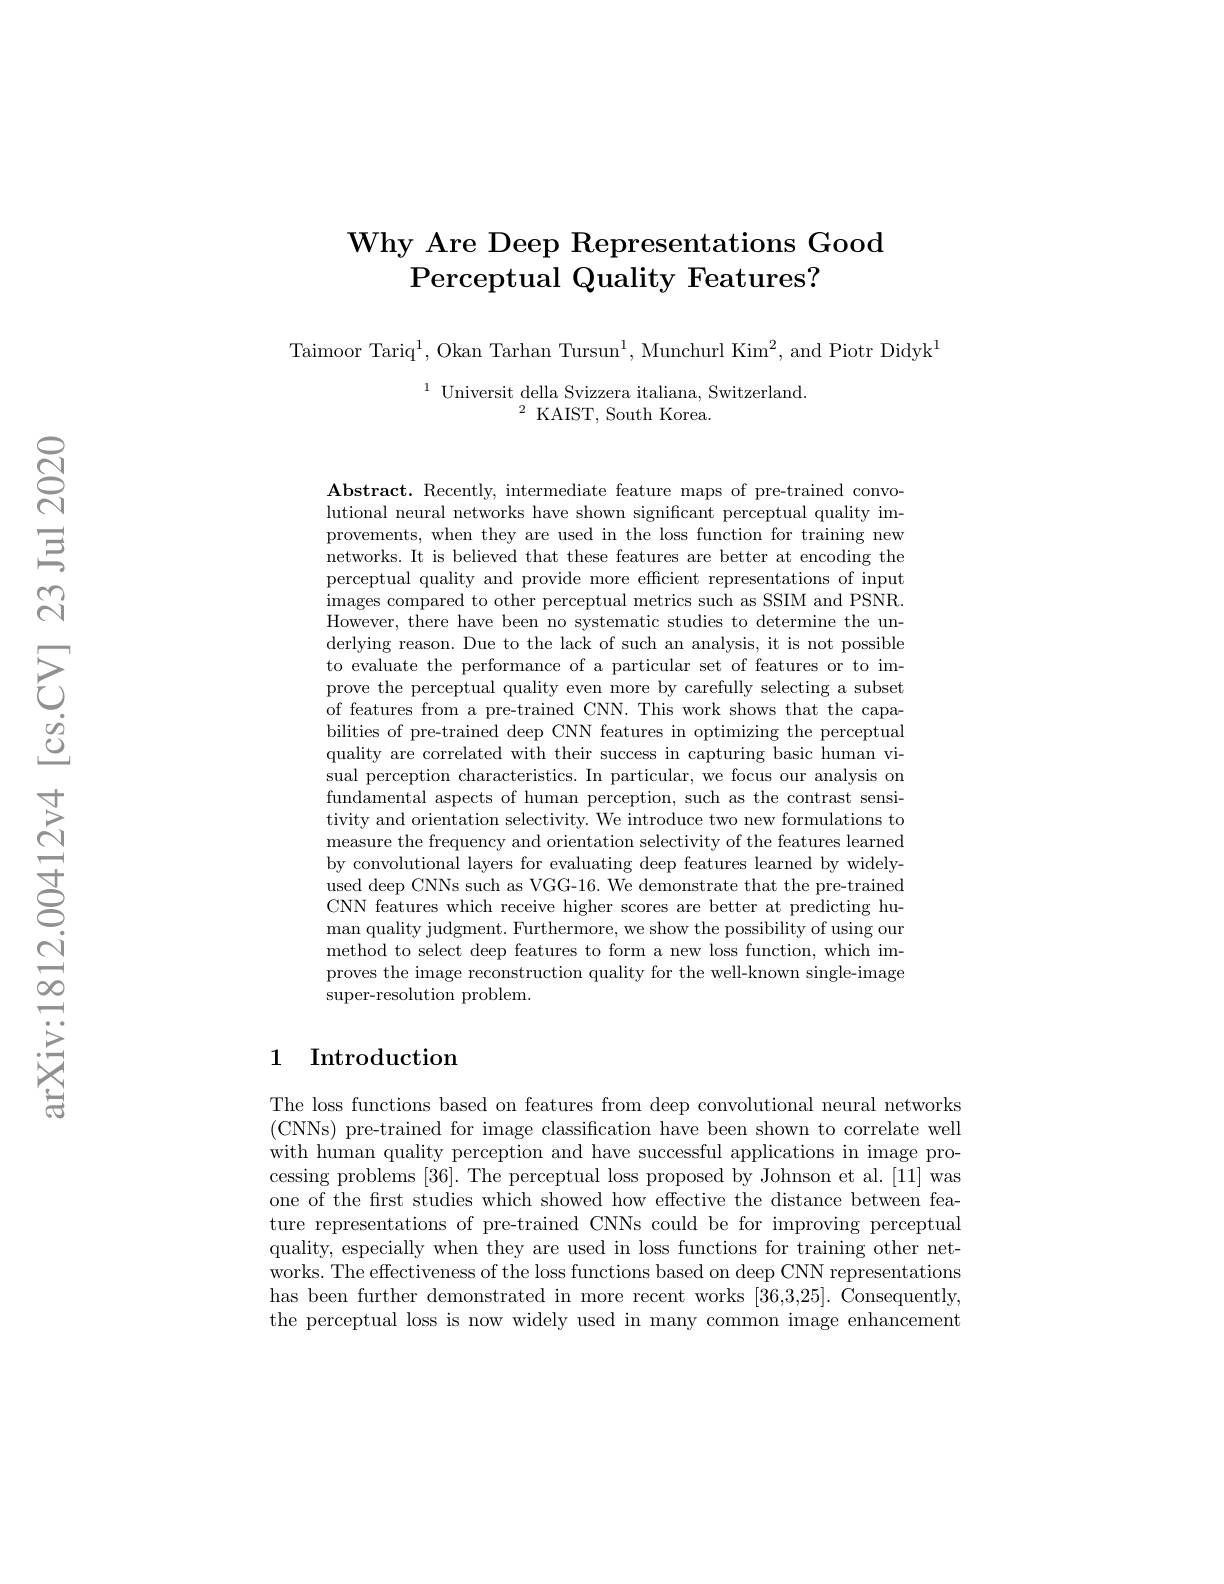
# $\textbf{Why Are Deep Representations Good}$ Perceptual Quality Features?

Taimoor Tariq$^1$,Okan Tarhan Tursun$^1$,Munchurl Kim$^2$,and Piotr Didyk$^1$

$^{1}$ Universit della Svizzera italiana, Switzerland.
$^{2}$KAIST, South Korea.

$\mathbf{Abstract.~Recently,~intermediate~feature~maps~of~pre-trained~convo-}$ lutional neural networks have shown significant perceptual quality improvements, when they are used in the loss function for training new networks. It is believed that these features are better at encoding the perceptual quality and provide more efficient representations of input images compared to other perceptual metrics such as SSIM and PSNR. However, there have been no systematic studies to determine the underlying reason. Due to the lack of such an analysis, it is not possible to evaluate the performance of a particular set of features or to improve the perceptual quality even more by carefully selecting a subset of features from a pre-trained CNN. This work shows that the capabilities of pre-trained deep CNN features in optimizing the perceptual quality are correlated with their success in capturing basic human visual perception characteristics. In particular, we focus our analysis on fundamental aspects of human perception, such as the contrast sensitivity and orientation selectivity. We introduce two new formulations to measure the frequency and orientation selectivity of the features learned by convolutional layers for evaluating deep features learned by widelyused deep CNNs such as VGG-16. We demonstrate that the pre-trained CNN features which receive higher scores are better at predicting human quality judgment. Furthermore, we show the possibility of using our method to select deep features to form a new loss function, which improves the image reconstruction quality for the well-known single-image super-resolution problem.

## 1 Introduction

The loss functions based on features from deep convolutional neural networks (CNNs) pre-trained for image classification have been shown to correlate well with human quality perception and have successful applications in image processing problems [36]. The perceptual loss proposed by Johnson et al.[11] was one of the frst studies which showed how effective the distance between feature representations of pre-trained CNNs could be for improving perceptual quality, especially when they are used in loss functions for training other networks. The effectiveness of the loss functions based on deep CNN representations has been further demonstrated in more recent works [36,3,25]. Consequently, the perceptual loss is now widely used in many common image enhancement